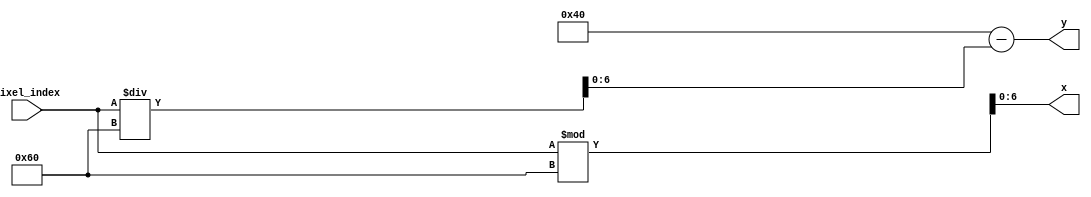
`timescale 1ns / 1ps
//////////////////////////////////////////////////////////////////////////////////
// Company: 
// Engineer: 
// 
// Design Name: 
// Module Name: flipped_xy_coord
// Project Name: 
// Target Devices: 
// Tool Versions: 
// Description: 
// 
// Dependencies: 
// 
// Revision:
// Revision 0.01 - File Created
// Additional Comments:
// 
//////////////////////////////////////////////////////////////////////////////////


module flipped_xy_coord(
    input [12:0] pixel_index,
    output [6:0] x,
    output [6:0] y
    );
    assign x = (pixel_index % 96);
    assign y = 64 - (pixel_index / 96);
endmodule